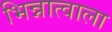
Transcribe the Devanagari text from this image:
भिन्नात्वाला